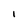
Character: I